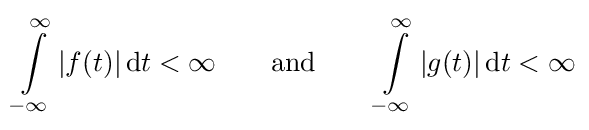
\int \limits _{-\infty }^{\infty }|f(t)|\,\mathrm {d} t<\infty \qquad {\mbox{and}}\qquad \int \limits _{-\infty }^{\infty }|g(t)|\,\mathrm {d} t<\infty